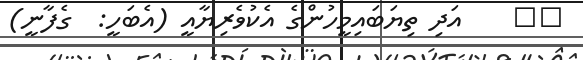
٢٢    އަދި ތިޔަބައިމީހުންގެ އެކުވެރިޔާއީ (އެބަހީ:  ގެފާނީ)